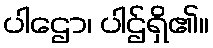
ပါဌော၊ ပါဌ်ရှိ၏။